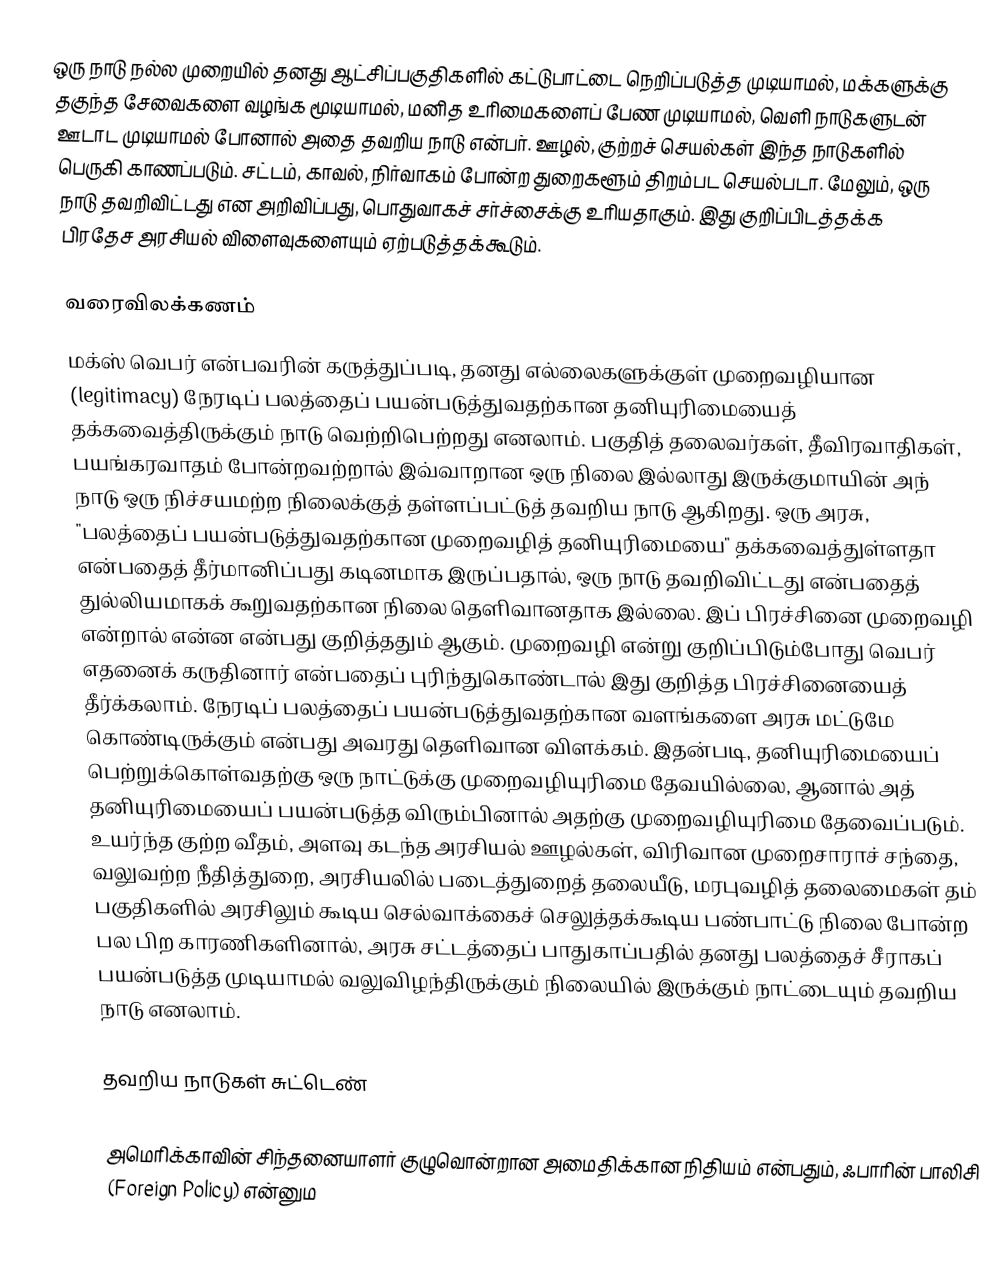
ஒரு நாடு நல்ல முறையில் தனது ஆட்சிப்பகுதிகளில் கட்டுபாட்டை நெறிப்படுத்த முடியாமல், மக்களுக்கு தகுந்த சேவைகளை வழங்க மூடியாமல், மனித உரிமைகளைப் பேண முடியாமல், வெளி நாடுகளுடன் ஊடாட முடியாமல் போனால் அதை தவறிய நாடு என்பர். ஊழல், குற்றச் செயல்கள் இந்த நாடுகளில் பெருகி காணப்படும். சட்டம், காவல், நிர்வாகம் போன்ற துறைகளூம் திறம்பட செயல்படா. மேலும், ஒரு நாடு தவறிவிட்டது என அறிவிப்பது, பொதுவாகச் சர்ச்சைக்கு உரியதாகும். இது குறிப்பிடத்தக்க பிரதேச அரசியல் விளைவுகளையும் ஏற்படுத்தக்கூடும்.

வரைவிலக்கணம்
மக்ஸ் வெபர் என்பவரின் கருத்துப்படி, தனது எல்லைகளுக்குள் முறைவழியான (legitimacy) நேரடிப் பலத்தைப் பயன்படுத்துவதற்கான தனியுரிமையைத் தக்கவைத்திருக்கும் நாடு வெற்றிபெற்றது எனலாம். பகுதித் தலைவர்கள், தீவிரவாதிகள், பயங்கரவாதம் போன்றவற்றால் இவ்வாறான ஒரு நிலை இல்லாது இருக்குமாயின் அந் நாடு ஒரு நிச்சயமற்ற நிலைக்குத் தள்ளப்பட்டுத் தவறிய நாடு ஆகிறது. ஒரு அரசு, "பலத்தைப் பயன்படுத்துவதற்கான முறைவழித் தனியுரிமையை" தக்கவைத்துள்ளதா என்பதைத் தீர்மானிப்பது கடினமாக இருப்பதால், ஒரு நாடு தவறிவிட்டது என்பதைத் துல்லியமாகக் கூறுவதற்கான நிலை தெளிவானதாக இல்லை. இப் பிரச்சினை முறைவழி என்றால் என்ன என்பது குறித்ததும் ஆகும். முறைவழி என்று குறிப்பிடும்போது வெபர் எதனைக் கருதினார் என்பதைப் புரிந்துகொண்டால் இது குறித்த பிரச்சினையைத் தீர்க்கலாம். நேரடிப் பலத்தைப் பயன்படுத்துவதற்கான வளங்களை அரசு மட்டுமே கொண்டிருக்கும் என்பது அவரது தெளிவான விளக்கம். இதன்படி, தனியுரிமையைப் பெற்றுக்கொள்வதற்கு ஒரு நாட்டுக்கு முறைவழியுரிமை தேவயில்லை, ஆனால் அத் தனியுரிமையைப் பயன்படுத்த விரும்பினால் அதற்கு முறைவழியுரிமை தேவைப்படும். உயர்ந்த குற்ற வீதம், அளவு கடந்த அரசியல் ஊழல்கள், விரிவான முறைசாராச் சந்தை, வலுவற்ற நீதித்துறை, அரசியலில் படைத்துறைத் தலையீடு, மரபுவழித் தலைமைகள் தம் பகுதிகளில் அரசிலும் கூடிய செல்வாக்கைச் செலுத்தக்கூடிய பண்பாட்டு நிலை போன்ற பல பிற காரணிகளினால், அரசு சட்டத்தைப் பாதுகாப்பதில் தனது பலத்தைச் சீராகப் பயன்படுத்த முடியாமல் வலுவிழந்திருக்கும் நிலையில் இருக்கும் நாட்டையும் தவறிய நாடு எனலாம்.

தவறிய நாடுகள் சுட்டெண்

அமெரிக்காவின் சிந்தனையாளர் குழுவொன்றான அமைதிக்கான நிதியம் என்பதும், ஃபாரின் பாலிசி (Foreign Policy) என்னும